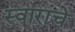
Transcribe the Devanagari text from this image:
स्वारांचे